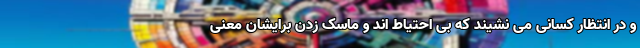
و در انتظار کسانی می نشیند که بی احتیاط اند و ماسک زدن برایشان معنی